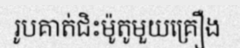
រូបគាត់ជិះម៉ូតូមួយគ្រឿង